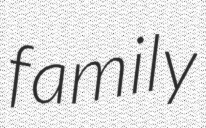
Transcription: family